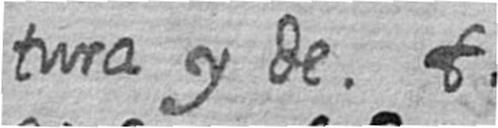
tura y de t